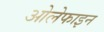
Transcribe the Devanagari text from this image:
ओलेफाइन